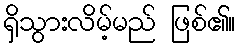
ရှိသွားလိမ့်မည် ဖြစ်၏။